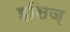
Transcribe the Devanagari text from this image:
इसिज़